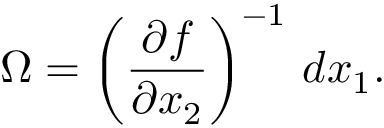
\Omega = \left( \frac { \partial f } { \partial x _ { 2 } } \right) ^ { - 1 } \, d x _ { 1 } .